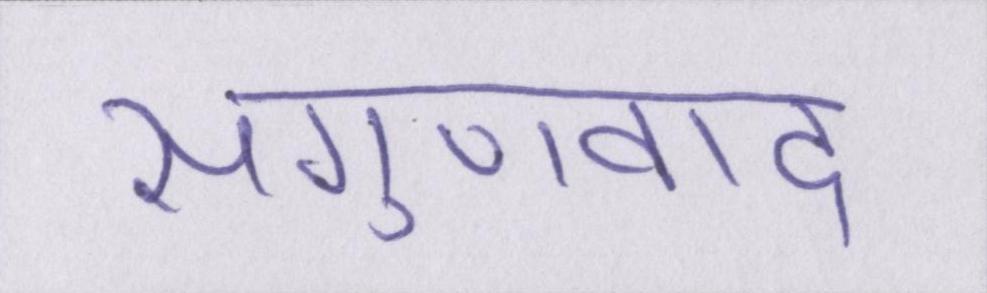
सगुणवाद